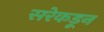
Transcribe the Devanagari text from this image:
सरेकडून